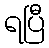
ရပြီ